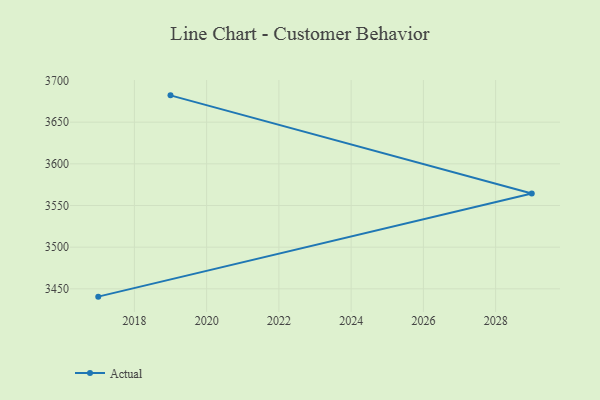
{"axis": {"x": "Year", "y": "Gross Profit (USD K)"}, "legend": ["Actual"], "data": [{"x": "2019", "y": 3682.2, "type": "Actual"}, {"x": "2029", "y": 3564.5, "type": "Actual"}, {"x": "2017", "y": 3440.6, "type": "Actual"}]}